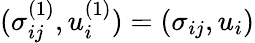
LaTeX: (\sigma_{ij}^{(1)},u_{i}^{(1)})=(\sigma_{ij},u_{i})